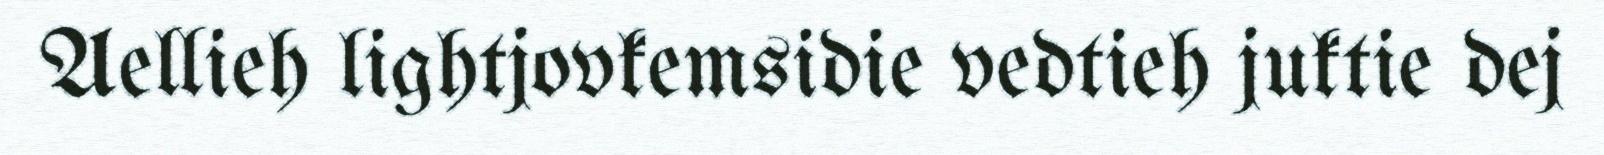
Aellieh lightjovkemsidie vedtieh juktie dej